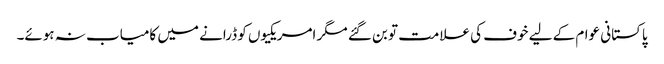
پاکستانی عوام کے لیے خوف کی علامت تو بن گئے مگر امریکیوں کو ڈرانے میں کامیاب نہ ہوئے۔